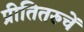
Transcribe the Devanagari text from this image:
प्रीतितरुचें